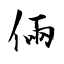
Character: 倆